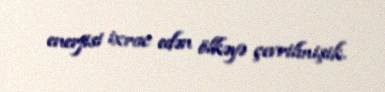
enerjisi ixrac edən ölkəyə çevrilmişik.